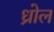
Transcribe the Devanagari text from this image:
ध्रोल